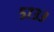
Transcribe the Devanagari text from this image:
५७३३